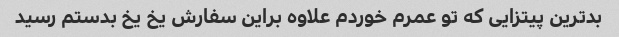
بدترین پیتزایی که تو عمرم خوردم علاوه براین سفارش یخ یخ بدستم رسید